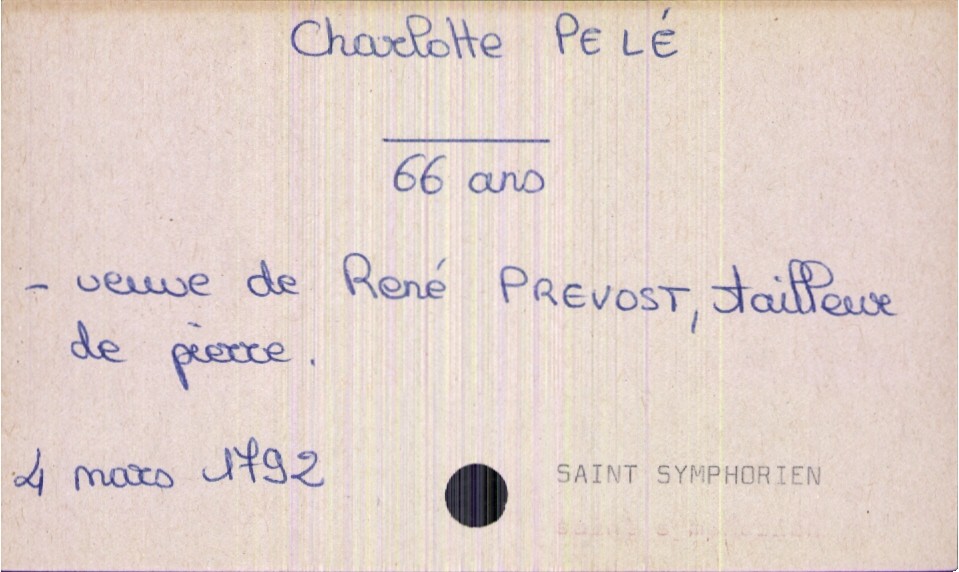
type_acte: Décès
année: 4
mois: mars
jour: 1792
paroisse: Saint Symphorien
défunt_nom: Pelé
défunt_prénom: Charlotte
défunt_sexe: F
défunt_âge: 66 ans
défunt_statut: veuf(ve)